Grant in aid of salaries of teachers, 1917
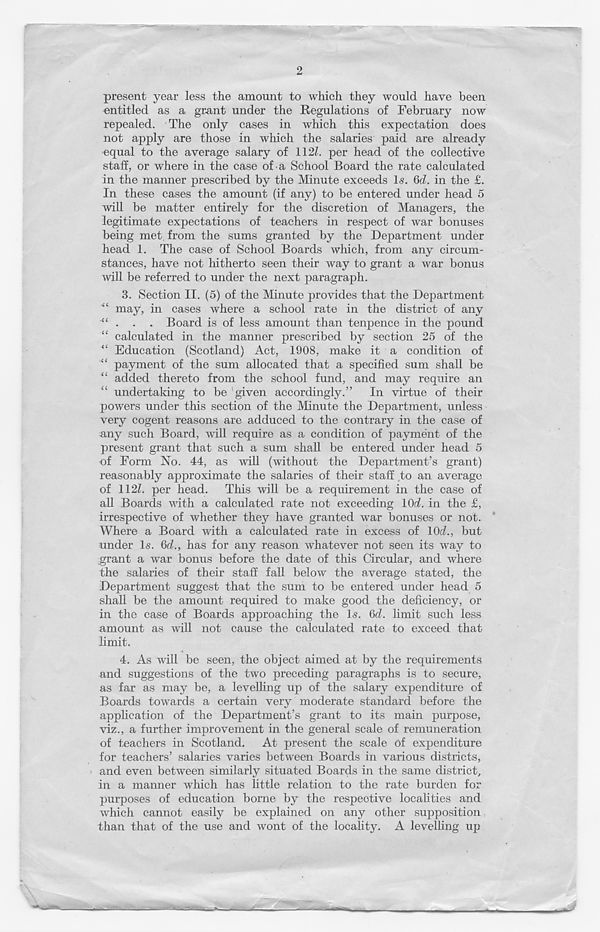
2
present year less the amount to which they would have been
entitled as a grant under the Regulations of February now
repealed. The only cases in which this expectation does
not apply are those in which the salaries paid are already
equal to the average salary of 112L per head of the collective
staff, or where in the case of a School Board the rate calculated
in the manner prescribed by the Minute exceeds Is. 6d. in the £.
In these cases the amount (if any) to be entered under head 5
will be matter entirely for the discretion of Managers, the
legitimate expectations of teachers in respect of war bonuses
being met from the sums granted by the Department under
head 1. The case of School Boards which, from any circum-
stances, have not hitherto seen their way to grant a war bonus
will be referred to under the next paragraph.
3. Section II. (5) of the Minute provides that the Department
■“ may, in cases where a school rate in the district of any
. . . Board is of less amount than tenpence in the pound
“ calculated in the manner prescribed by section 25 of the
“ Education (Scotland) Act, 1908, make it a condition of
“ payment of the sum allocated that a specified sum shall be
“ added thereto from the school fund, and may require an
undertaking to be given accordingly.” In virtue of their
powers under this section of the Minute the Department, unless
very cogent reasons are adduced to the contrary in the case of
any such Board, will require as a condition of payment of the
present grant that such a sum shall be entered under head 5
of Form No. 44, as will (without the Department’s grant)
reasonably approximate the salaries of their staff to an average
of 112L per head. This will be a requirement in the case of
all Boards with a calculated rate not exceeding \0d. in the £,
irrespective of whether they have granted war bonuses or not.
Where a Board with a calculated rate in excess of 10<A, but
under Is. 6cZ., has for any reason whatever not seen its way to
;grant a war bonus before the date of this Circular, and where
the salaries of their staff fall below the average stated, the
Department suggest that the sum to be entered under head 5
shall be the amount required to make good the deficiency, or
in the case of Boards approaching the Is. 6d. limit such less
amount as will not cause the calculated rate to exceed that
limit.
4. As will be seen, the object aimed at by the requirements
and suggestions of the two preceding paragraphs is to secure,
as far as may be, a levelling up of the salary expenditure of
Boards towards a certain very moderate standard before the
application of the Department’s grant to its main purpose,
viz., a further improvement in the general scale of remuneration
of teachers in Scotland. At present the scale Of expenditure
for teachers’ salaries varies between Boards in various districts,
and even between similarly situated Boards in the same district,
in a manner which has little relation to the rate burden for
purposes of education borne by the respective localities and
which cannot easily be explained on any other supposition
than that of the use and wont of the locality. A levelling up